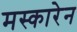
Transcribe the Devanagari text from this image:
मस्कारेन